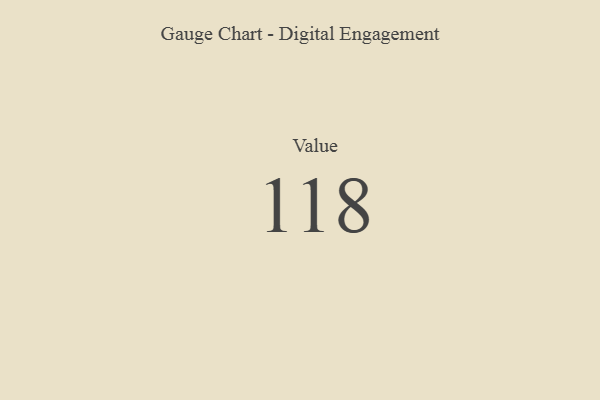
{"axis": {"x": "Metric", "y": "Value"}, "legend": [""], "data": [{"x": "Value", "y": 118, "type": ""}]}